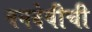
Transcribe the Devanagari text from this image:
वनदेवीची